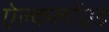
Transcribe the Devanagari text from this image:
ऐल्कलॉएड